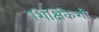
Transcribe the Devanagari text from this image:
शिक्षिकेशी